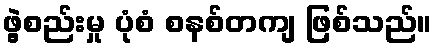
ဖွဲ့စည်းမှု ပုံစံ စနစ်တကျ ဖြစ်သည်။